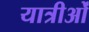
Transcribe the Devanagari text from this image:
यात्रीओं